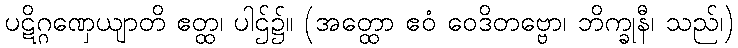
ပဋိဂ္ဂဏှေယျာတိ ဧတ္ထ၊ ပါဌ်၌။ (အတ္ထော ဧဝံ ဝေဒိတဗ္ဗော၊ ဘိက္ခုနီ၊ သည်၊)